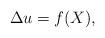
LaTeX: \begin{align*}\Delta u = f(X),\end{align*}